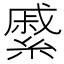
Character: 𦄉